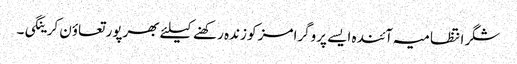
شگر انتظامیہ آئندہ ایسے پروگرامز کو زندہ رکھنے کیلئے بھرپور تعاؤن کرینگی۔